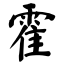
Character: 霍